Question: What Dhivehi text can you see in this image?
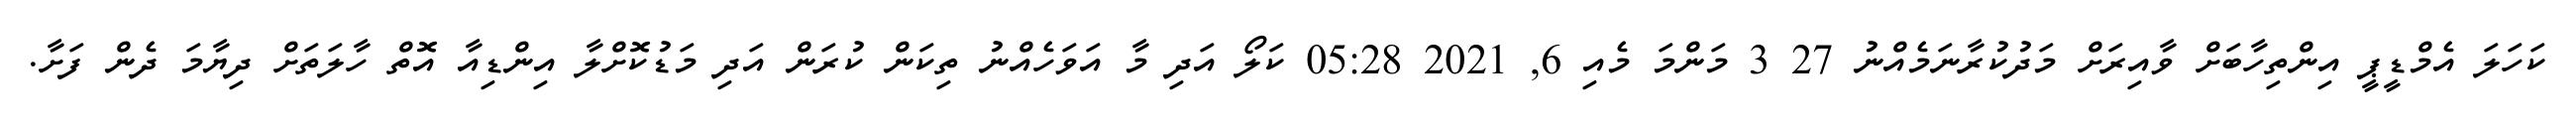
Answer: ކަހަލަ އެމްޑީޕީ އިންތިހާބަށް ވާއިރަށް މަދުކުރާނަމެއްނު 27 3 މަންމަ މެއި 6, 2021 05:28 ކަލޯ އަދި މާ އަވަހެއްނު ތިކަން ކުރަން އަދި މަޑުކޮށްލާ އިންޑިއާ އޮތް ހާލަތަށް ދިޔާމަ ދެން ފަށާ.